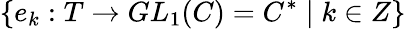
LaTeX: \{ e_{k}:T\rightarrow GL_{1}(C)=C^{*}\mid k\in Z\}